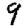
Digit: 9